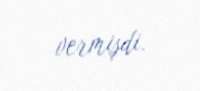
vermişdi.